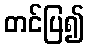
တင်ပြ၍